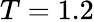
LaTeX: T=1.2